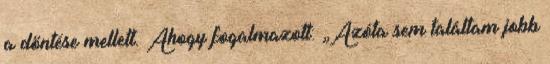
a döntése mellett. Ahogy fogalmazott: „Azóta sem találtam jobb